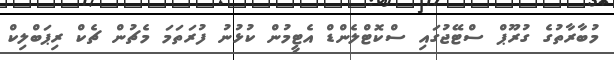
މުބާރާތުގެ ގުރޫޕް ސްޓޭޖުގައި ސްކޮޓްލެންޑް އެޓީމުން ކުޅުނު ފުރަތަމަ މެޗުން ޗެކް ރިޕަބްލިކް